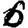
Digit: 6